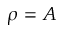
\rho = A